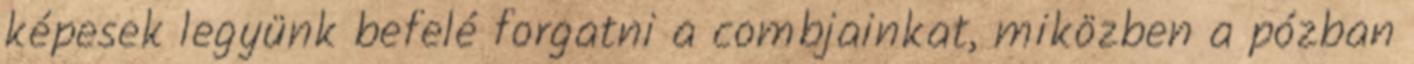
képesek legyünk befelé forgatni a combjainkat, miközben a pózban